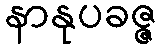
နာနုပခဇ္ဇ